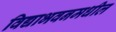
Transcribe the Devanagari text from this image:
विद्याभवनमधील